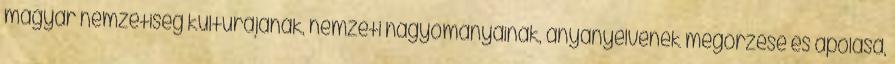
magyar nemzetiség kultúrájának, nemzeti hagyományainak, anyanyelvének megőrzése és ápolása,